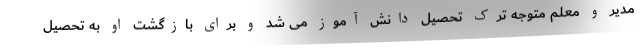
مدیر و معلم متوجه ترک تحصیل دانش آموز می شد و برای بازگشت او به تحصیل